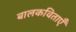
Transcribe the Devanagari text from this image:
बालकविताएँ